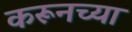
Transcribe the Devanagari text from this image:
करूनच्या